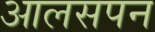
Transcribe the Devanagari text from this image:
आलसपन